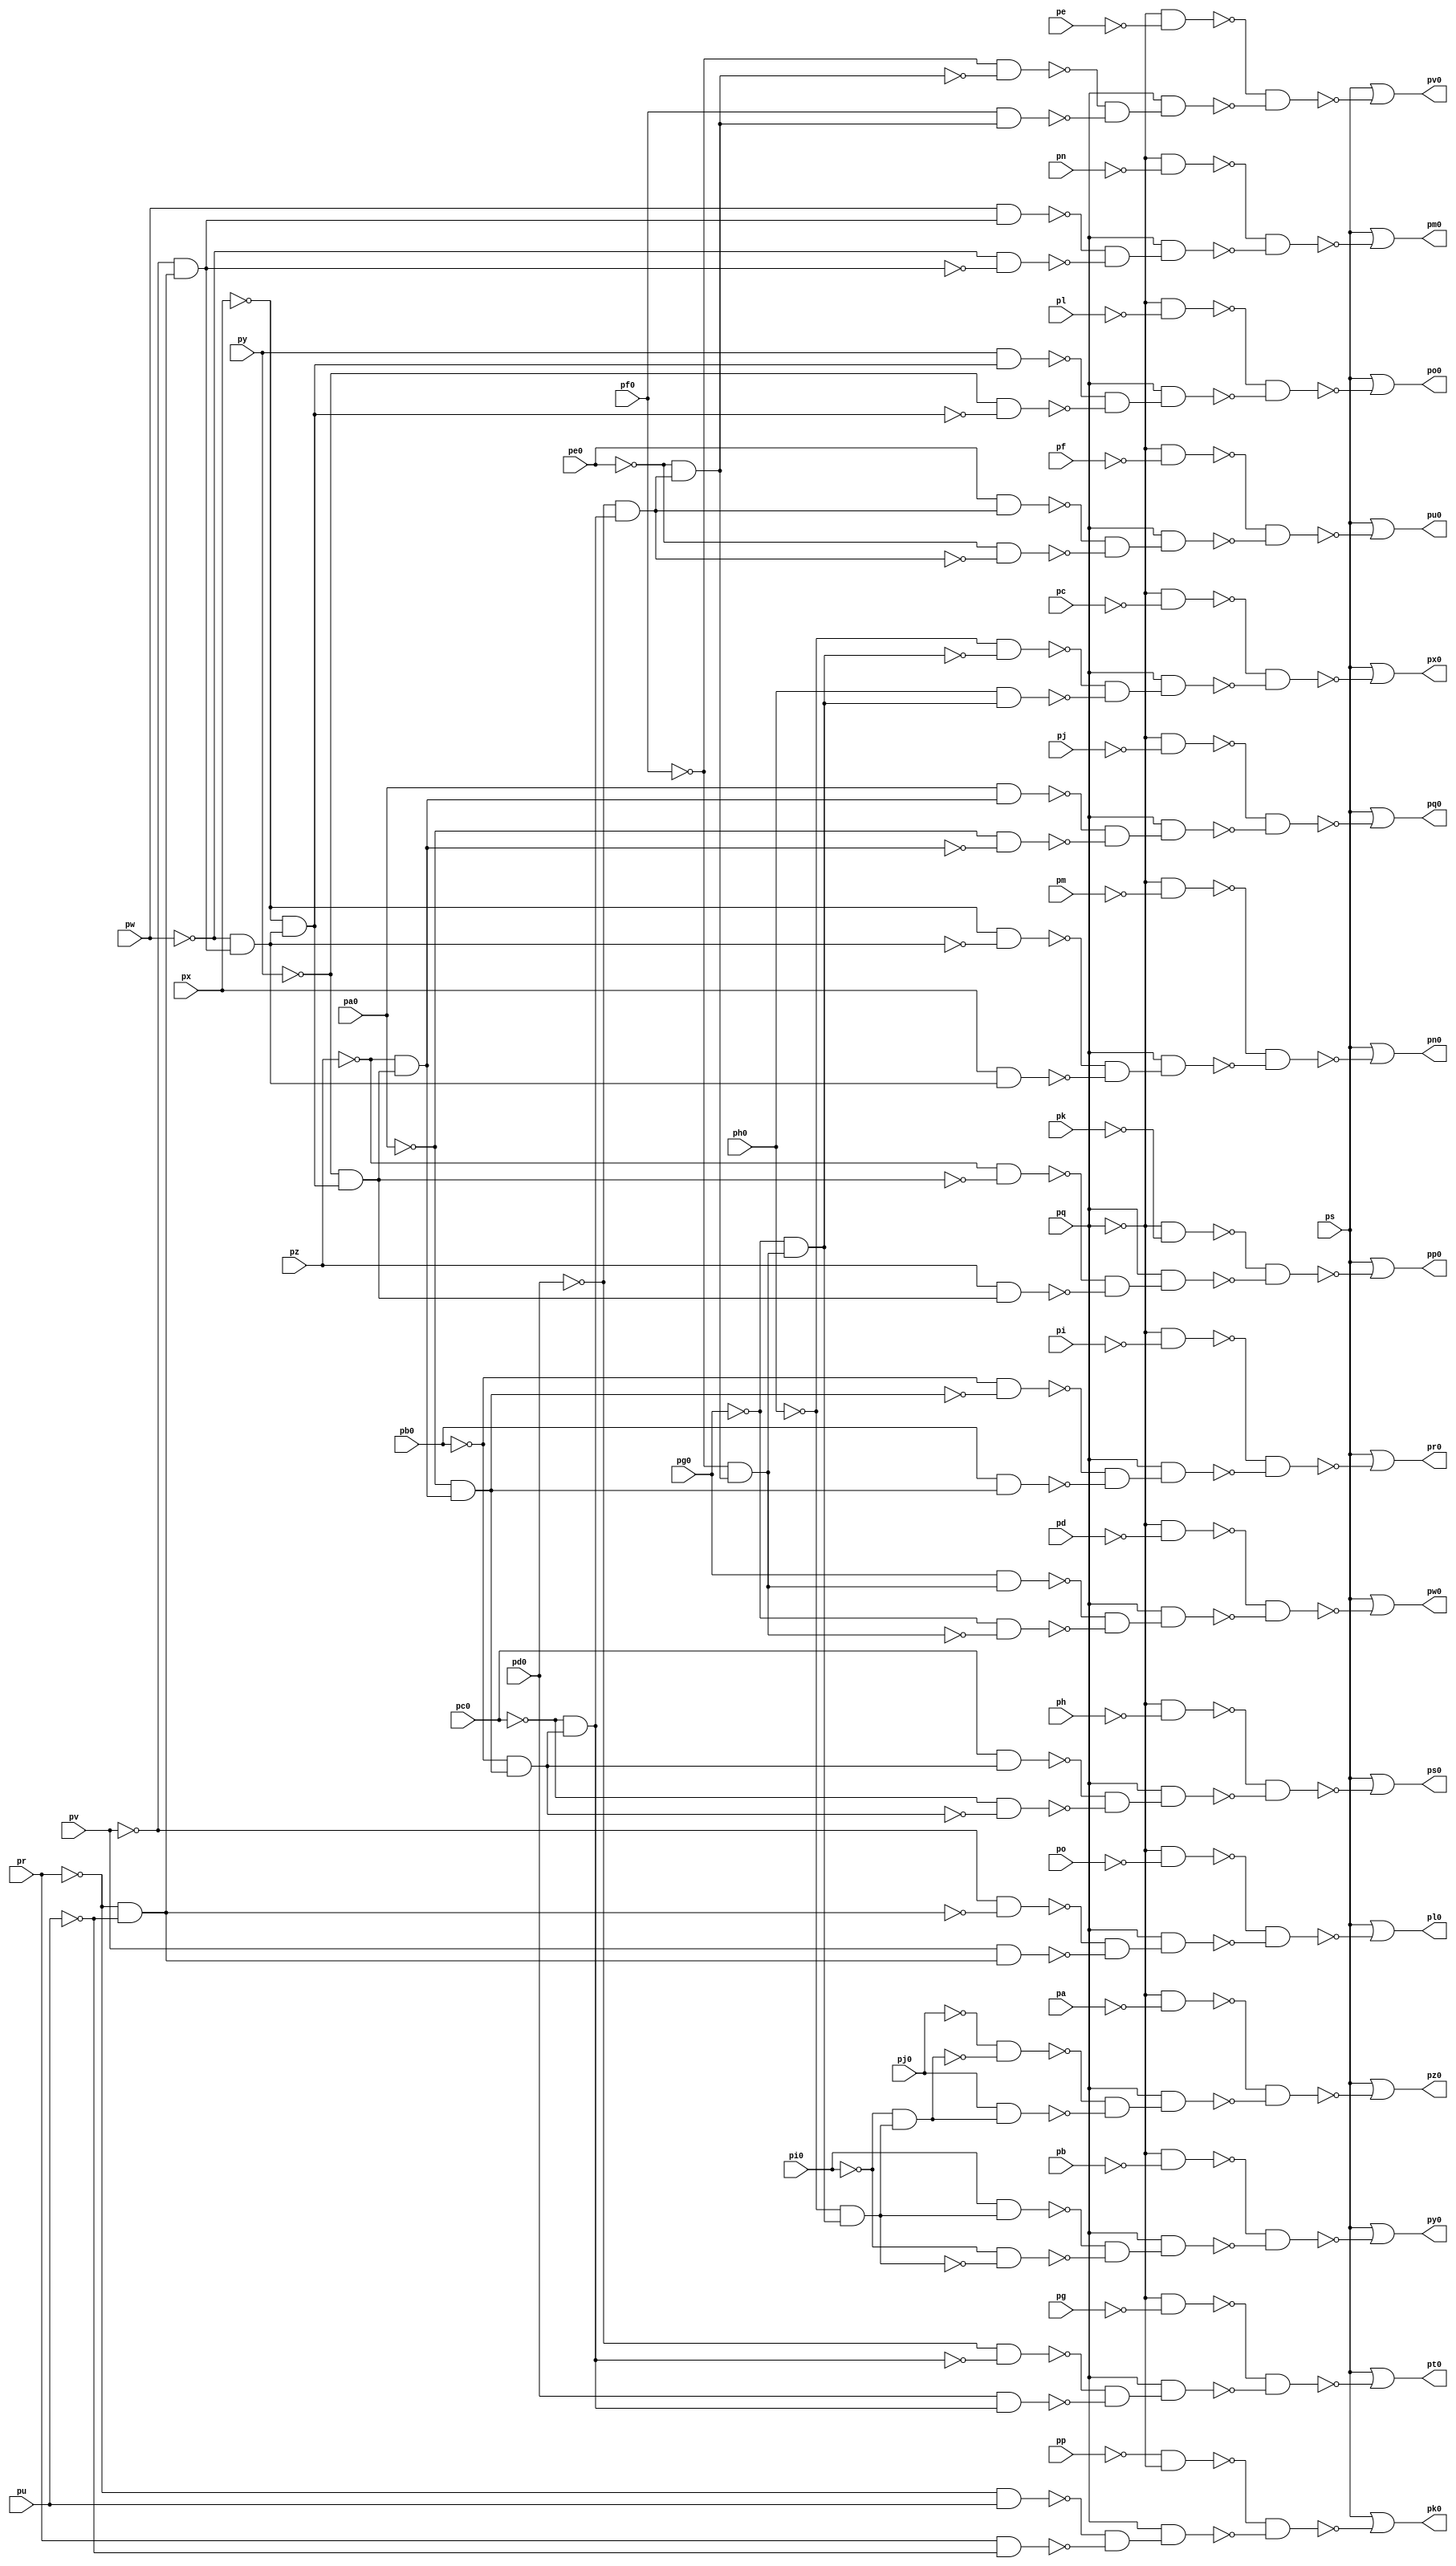
module top ( 
    pp, pa0, pq, pb0, pr, pc0, ps, pd0, pe0, pu, pf0, pv, pg0, pw, ph0, px,
    pi0, py, pj0, pz, pa, pb, pc, pd, pe, pf, pg, ph, pi, pj, pk, pl, pm,
    pn, po,
    pk0, pl0, pm0, pn0, po0, pp0, pq0, pr0, ps0, pt0, pu0, pv0, pw0, px0,
    py0, pz0  );
  input  pp, pa0, pq, pb0, pr, pc0, ps, pd0, pe0, pu, pf0, pv, pg0, pw,
    ph0, px, pi0, py, pj0, pz, pa, pb, pc, pd, pe, pf, pg, ph, pi, pj, pk,
    pl, pm, pn, po;
  output pk0, pl0, pm0, pn0, po0, pp0, pq0, pr0, ps0, pt0, pu0, pv0, pw0, px0,
    py0, pz0;
  wire new_n52_, new_n53_, new_n54_, new_n55_, new_n56_, new_n57_, new_n59_,
    new_n60_, new_n61_, new_n62_, new_n63_, new_n64_, new_n65_, new_n67_,
    new_n68_, new_n69_, new_n70_, new_n71_, new_n72_, new_n73_, new_n75_,
    new_n76_, new_n77_, new_n78_, new_n79_, new_n80_, new_n81_, new_n83_,
    new_n84_, new_n85_, new_n86_, new_n87_, new_n88_, new_n89_, new_n91_,
    new_n92_, new_n93_, new_n94_, new_n95_, new_n96_, new_n97_, new_n99_,
    new_n100_, new_n101_, new_n102_, new_n103_, new_n104_, new_n105_,
    new_n107_, new_n108_, new_n109_, new_n110_, new_n111_, new_n112_,
    new_n113_, new_n115_, new_n116_, new_n117_, new_n118_, new_n119_,
    new_n120_, new_n121_, new_n123_, new_n124_, new_n125_, new_n126_,
    new_n127_, new_n128_, new_n129_, new_n131_, new_n132_, new_n133_,
    new_n134_, new_n135_, new_n136_, new_n137_, new_n139_, new_n140_,
    new_n141_, new_n142_, new_n143_, new_n144_, new_n145_, new_n147_,
    new_n148_, new_n149_, new_n150_, new_n151_, new_n152_, new_n153_,
    new_n155_, new_n156_, new_n157_, new_n158_, new_n159_, new_n160_,
    new_n161_, new_n163_, new_n164_, new_n165_, new_n166_, new_n167_,
    new_n168_, new_n169_, new_n171_, new_n172_, new_n173_, new_n174_,
    new_n175_, new_n176_, new_n177_;
  assign new_n52_ = ~pp & ~pq;
  assign new_n53_ = ~pr & pu;
  assign new_n54_ = pr & ~pu;
  assign new_n55_ = ~new_n53_ & ~new_n54_;
  assign new_n56_ = pq & new_n55_;
  assign new_n57_ = ~new_n52_ & ~new_n56_;
  assign pk0 = ps | ~new_n57_;
  assign new_n59_ = ~pq & ~po;
  assign new_n60_ = ~pr & ~pu;
  assign new_n61_ = ~pv & ~new_n60_;
  assign new_n62_ = pv & new_n60_;
  assign new_n63_ = ~new_n61_ & ~new_n62_;
  assign new_n64_ = pq & new_n63_;
  assign new_n65_ = ~new_n59_ & ~new_n64_;
  assign pl0 = ps | ~new_n65_;
  assign new_n67_ = ~pq & ~pn;
  assign new_n68_ = ~pv & new_n60_;
  assign new_n69_ = pw & new_n68_;
  assign new_n70_ = ~pw & ~new_n68_;
  assign new_n71_ = ~new_n69_ & ~new_n70_;
  assign new_n72_ = pq & new_n71_;
  assign new_n73_ = ~new_n67_ & ~new_n72_;
  assign pm0 = ps | ~new_n73_;
  assign new_n75_ = ~pq & ~pm;
  assign new_n76_ = ~pw & new_n68_;
  assign new_n77_ = ~px & ~new_n76_;
  assign new_n78_ = px & new_n76_;
  assign new_n79_ = ~new_n77_ & ~new_n78_;
  assign new_n80_ = pq & new_n79_;
  assign new_n81_ = ~new_n75_ & ~new_n80_;
  assign pn0 = ps | ~new_n81_;
  assign new_n83_ = ~pq & ~pl;
  assign new_n84_ = ~px & new_n76_;
  assign new_n85_ = py & new_n84_;
  assign new_n86_ = ~py & ~new_n84_;
  assign new_n87_ = ~new_n85_ & ~new_n86_;
  assign new_n88_ = pq & new_n87_;
  assign new_n89_ = ~new_n83_ & ~new_n88_;
  assign po0 = ps | ~new_n89_;
  assign new_n91_ = ~pq & ~pk;
  assign new_n92_ = ~py & new_n84_;
  assign new_n93_ = ~pz & ~new_n92_;
  assign new_n94_ = pz & new_n92_;
  assign new_n95_ = ~new_n93_ & ~new_n94_;
  assign new_n96_ = pq & new_n95_;
  assign new_n97_ = ~new_n91_ & ~new_n96_;
  assign pp0 = ps | ~new_n97_;
  assign new_n99_ = ~pq & ~pj;
  assign new_n100_ = ~pz & new_n92_;
  assign new_n101_ = pa0 & new_n100_;
  assign new_n102_ = ~pa0 & ~new_n100_;
  assign new_n103_ = ~new_n101_ & ~new_n102_;
  assign new_n104_ = pq & new_n103_;
  assign new_n105_ = ~new_n99_ & ~new_n104_;
  assign pq0 = ps | ~new_n105_;
  assign new_n107_ = ~pq & ~pi;
  assign new_n108_ = ~pa0 & new_n100_;
  assign new_n109_ = ~pb0 & ~new_n108_;
  assign new_n110_ = pb0 & new_n108_;
  assign new_n111_ = ~new_n109_ & ~new_n110_;
  assign new_n112_ = pq & new_n111_;
  assign new_n113_ = ~new_n107_ & ~new_n112_;
  assign pr0 = ps | ~new_n113_;
  assign new_n115_ = ~pq & ~ph;
  assign new_n116_ = ~pb0 & new_n108_;
  assign new_n117_ = pc0 & new_n116_;
  assign new_n118_ = ~pc0 & ~new_n116_;
  assign new_n119_ = ~new_n117_ & ~new_n118_;
  assign new_n120_ = pq & new_n119_;
  assign new_n121_ = ~new_n115_ & ~new_n120_;
  assign ps0 = ps | ~new_n121_;
  assign new_n123_ = ~pq & ~pg;
  assign new_n124_ = ~pc0 & new_n116_;
  assign new_n125_ = ~pd0 & ~new_n124_;
  assign new_n126_ = pd0 & new_n124_;
  assign new_n127_ = ~new_n125_ & ~new_n126_;
  assign new_n128_ = pq & new_n127_;
  assign new_n129_ = ~new_n123_ & ~new_n128_;
  assign pt0 = ps | ~new_n129_;
  assign new_n131_ = ~pq & ~pf;
  assign new_n132_ = ~pd0 & new_n124_;
  assign new_n133_ = pe0 & new_n132_;
  assign new_n134_ = ~pe0 & ~new_n132_;
  assign new_n135_ = ~new_n133_ & ~new_n134_;
  assign new_n136_ = pq & new_n135_;
  assign new_n137_ = ~new_n131_ & ~new_n136_;
  assign pu0 = ps | ~new_n137_;
  assign new_n139_ = ~pq & ~pe;
  assign new_n140_ = ~pe0 & new_n132_;
  assign new_n141_ = ~pf0 & ~new_n140_;
  assign new_n142_ = pf0 & new_n140_;
  assign new_n143_ = ~new_n141_ & ~new_n142_;
  assign new_n144_ = pq & new_n143_;
  assign new_n145_ = ~new_n139_ & ~new_n144_;
  assign pv0 = ps | ~new_n145_;
  assign new_n147_ = ~pq & ~pd;
  assign new_n148_ = ~pf0 & new_n140_;
  assign new_n149_ = pg0 & new_n148_;
  assign new_n150_ = ~pg0 & ~new_n148_;
  assign new_n151_ = ~new_n149_ & ~new_n150_;
  assign new_n152_ = pq & new_n151_;
  assign new_n153_ = ~new_n147_ & ~new_n152_;
  assign pw0 = ps | ~new_n153_;
  assign new_n155_ = ~pq & ~pc;
  assign new_n156_ = ~pg0 & new_n148_;
  assign new_n157_ = ~ph0 & ~new_n156_;
  assign new_n158_ = ph0 & new_n156_;
  assign new_n159_ = ~new_n157_ & ~new_n158_;
  assign new_n160_ = pq & new_n159_;
  assign new_n161_ = ~new_n155_ & ~new_n160_;
  assign px0 = ps | ~new_n161_;
  assign new_n163_ = ~pq & ~pb;
  assign new_n164_ = ~ph0 & new_n156_;
  assign new_n165_ = pi0 & new_n164_;
  assign new_n166_ = ~pi0 & ~new_n164_;
  assign new_n167_ = ~new_n165_ & ~new_n166_;
  assign new_n168_ = pq & new_n167_;
  assign new_n169_ = ~new_n163_ & ~new_n168_;
  assign py0 = ps | ~new_n169_;
  assign new_n171_ = ~pq & ~pa;
  assign new_n172_ = ~pi0 & new_n164_;
  assign new_n173_ = ~pj0 & ~new_n172_;
  assign new_n174_ = pj0 & new_n172_;
  assign new_n175_ = ~new_n173_ & ~new_n174_;
  assign new_n176_ = pq & new_n175_;
  assign new_n177_ = ~new_n171_ & ~new_n176_;
  assign pz0 = ps | ~new_n177_;
endmodule